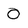
Character: 0